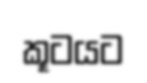
කූටයට